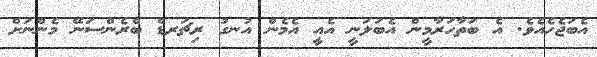
އެބަޖެހެއެވެ. އެ ބަތާހަރާމީން އެބަލަނީ އެއީ އެމެން އުނގު ރިޗަރޑް ބްރެންސަނޭ މެންނަށް